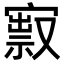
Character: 㝮